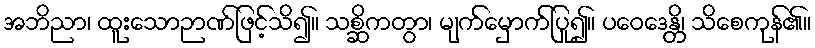
အဘိညာ၊ ထူးသောဉာဏ်ဖြင့်သိ၍။ သစ္ဆိကတွာ၊ မျက်မှောက်ပြု၍။ ပဝေဒေန္တိ၊ သိစေကုန်၏။